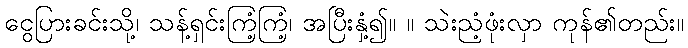
ငွေပြားခင်းသို့၊ သန့်ရှင်းကြံ့ကြံ့၊ အပြီးနှံ့၍။ ။ သဲးညံ့ဖုံးလှာ ကုန်၏တည်း။